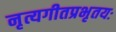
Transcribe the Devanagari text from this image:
नृत्यगीतप्रभृतयः